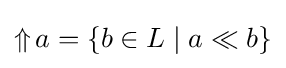
\mathop {\Uparrow } a=\{b\in L\mid a\ll b\}